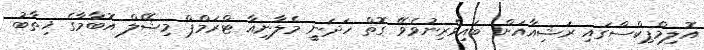
އޮލިމްޕިކްސްގައި ރަޝިއާއަށް ބައިވެރިނުވެވޭ ގޮތް ހަދަނީ މެލާނިއާ ޓްރަމްޕް މިޝޭލް އޮބާމާގެ ޚިތާބު